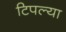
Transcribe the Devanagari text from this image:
टिपल्या